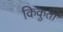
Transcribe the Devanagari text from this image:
किकुता